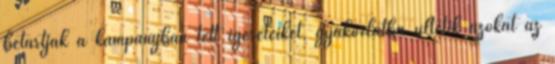
betartják a kampányban tett ígéreteiket, gyakorlatba ültetik azokat az